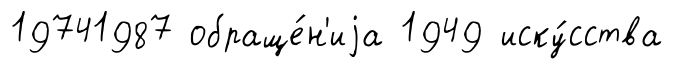
19741987 обраще́н'иjа 1949 иску́сства